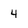
Character: 4